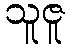
သူဇူ